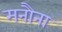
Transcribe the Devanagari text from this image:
मनौना